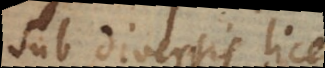
sub diversis licet